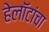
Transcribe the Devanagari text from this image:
हेलॉटांचा